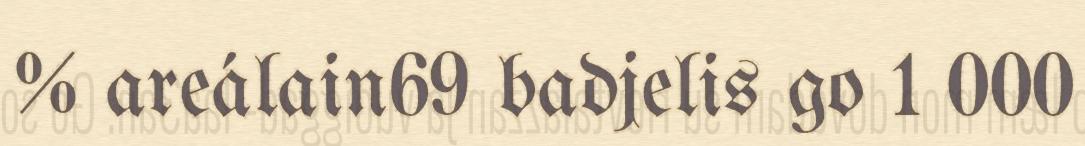
% areálain69 badjelis go 1 000